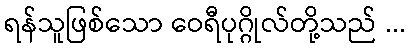
ရန်သူဖြစ်သော ဝေရီပုဂ္ဂိုလ်တို့သည် ...